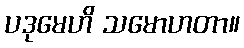
ပဒုမေဟိ သမောဟတာ။